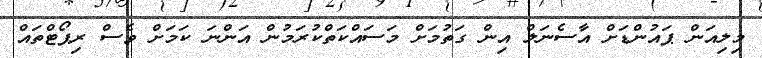
މިލިއަން ޕައުންޑަށް އާސެނަލް އިން ގަތުމަށް މަސައްކަތްކުރަމުން އަންނަ ކަމަށް ވެސް ރިޕޯޓްތައް